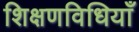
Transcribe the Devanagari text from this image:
शिक्षणविधियाँ